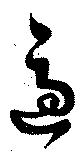
適